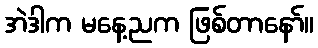
အဲဒါက မနေ့ညက ဖြစ်တာနော်။